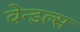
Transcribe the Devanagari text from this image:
वेन्डल्स